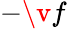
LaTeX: -\v{f}